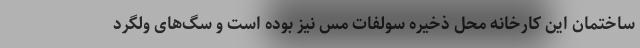
ساختمان این کارخانه محل ذخیره سولفات مس نیز بوده است و سگ‌های ولگرد